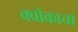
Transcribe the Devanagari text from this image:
क्वोकाचा